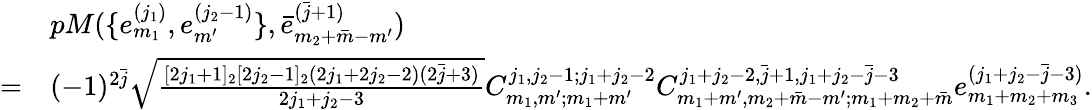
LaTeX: \begin{array}{rl}&{pM(\{ e_{m_{1}}^{(j_{1})},e_{m^{\prime}}^{(j_{2}-1)}\} ,\bar{e}_{m_{2}+\bar{m}-m^{\prime}}^{(\bar{j}+1)})}\\ {=}&{(-1)^{2\bar{j}}\sqrt{\frac{[2j_{1}+1]_{2}[2j_{2}-1]_{2}(2j_{1}+2j_{2}-2)(2\bar{j}+3)}{2j_{1}+j_{2}-3}}C_{m_{1},m^{\prime};m_{1}+m^{\prime}}^{j_{1},j_{2}-1;j_{1}+j_{2}-2}C_{m_{1}+m^{\prime},m_{2}+\bar{m}-m^{\prime};m_{1}+m_{2}+\bar{m}}^{j_{1}+j_{2}-2,\bar{j}+1,j_{1}+j_{2}-\bar{j}-3}e_{m_{1}+m_{2}+m_{3}}^{(j_{1}+j_{2}-\bar{j}-3)}.}\end{array}